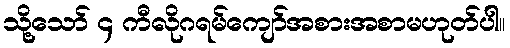
သို့သော် ၄ ကီလိုဂရမ်ကျော်အစားအစာမဟုတ်ပါ။